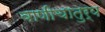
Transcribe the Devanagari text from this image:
वाणीचातुर्य